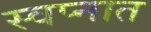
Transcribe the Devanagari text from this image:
स्‍वप्‍नात